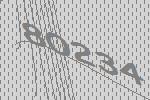
80234